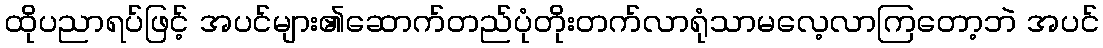
ထိုပညာရပ်ဖြင့် အပင်များ၏ဆောက်တည်ပုံတိုးတက်လာရုံသာမလေ့လာကြတော့ဘဲ အပင်